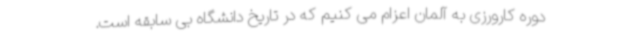
دوره کارورزی به آلمان اعزام می کنیم که در تاریخ دانشگاه بی سابقه است.